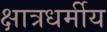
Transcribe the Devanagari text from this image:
क्षात्रधर्मीय